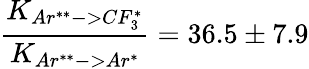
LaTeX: \frac{K_{Ar^{**}->CF_{3}^{*}}}{K_{Ar^{**}->Ar^{*}}}=36.5\pm 7.9